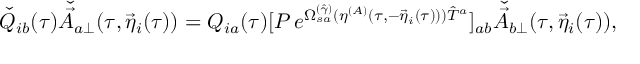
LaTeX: \check { Q } _ { i b } ( \tau ) \check { \vec { A } } _ { a \perp } ( \tau , { \vec { \eta } } _ { i } ( \tau ) ) = Q _ { i a } ( \tau ) [ P \, e ^ { \Omega _ { s a } ^ { ( \hat { \gamma } ) } ( \eta ^ { ( A ) } ( \tau , - { \vec { \eta } } _ { i } ( \tau ) ) ) { \hat { T } } ^ { a } } ] _ { a b } \check { \vec { A } } _ { b \perp } ( \tau , { \vec { \eta } } _ { i } ( \tau ) ) ,